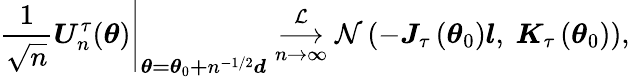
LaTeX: \left.\frac{1}{\sqrt{n}}\boldsymbol{U}_{n}^{\tau}(\boldsymbol{\theta})\right\vert_{\boldsymbol{\theta=\theta}_{0}\boldsymbol{+}n^{-1/2}\boldsymbol{d}}\underset{n\rightarrow\infty}{\overset{\mathcal{L}}{\longrightarrow}}\mathcal{N}\left(-\boldsymbol{J}_{\tau}\left(\boldsymbol{\theta}_{0}\right)\boldsymbol{l},\mathrm{~}\boldsymbol{K}_{\tau}\left(\boldsymbol{\theta}_{0}\right)\right),